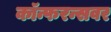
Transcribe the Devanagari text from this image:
कॉन्फरन्सवर